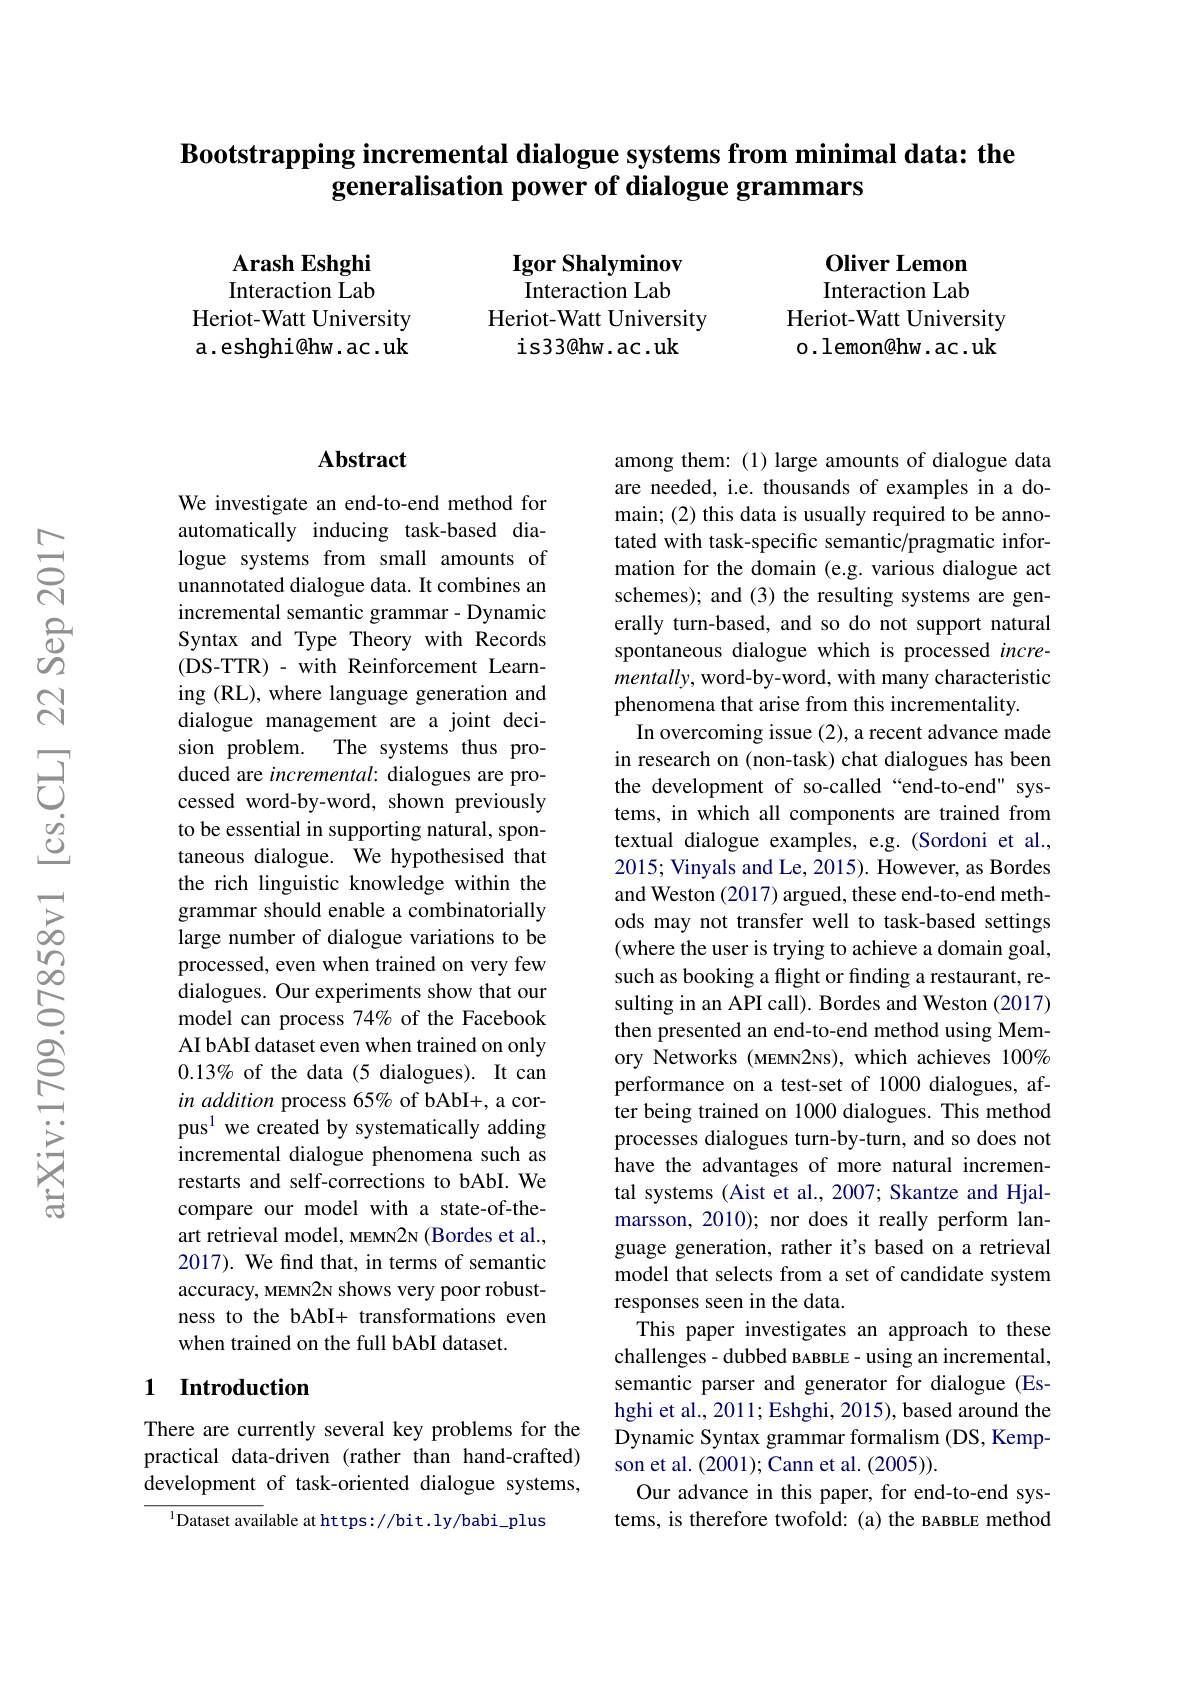
## Bootstrapping incremental dialogue systems from minimal data: the generalisation power of dialogue grammars

Arash Eshghi Interaction Lab
Heriot-Watt University a.eshghi@hw.ac.uk

$\textbf{Igor Shalyminov}$ Interaction Lab
Heriot-Watt University
is33@ hw. ac. uk

Oliver Lemon Interaction Lab
Heriot-Watt University o.lemon@hw.ac.uk

## Abstract

We investigate an end-to-end method for automatically inducing task-based dialogue systems from small amounts of unannotated dialogue data. It combines an incremental semantic grammar- Dynamic Syntax and Type Theory with Records (DS-TTR) - with Reinforcement Learning (RL), where language generation and dialogue management are a joint decision problem. The systems thus produced are incremental: dialogues are processed word-by-word, shown previously to be essential in supporting natural, spontaneous dialogue. We hypothesised that the rich linguistic knowledge within the grammar should enable a combinatorially large number of dialogue variations to be processed, even when trained on very few dialogues. Our experiments show that our model can process 74% of the Facebook AI bAbI dataset even when trained on only $0.13\%$ of the data (5 dialogues). It can in addition process 65% of bAbI+, a corpus$^{1}$ we created by systematically adding incremental dialogue phenomena such as restarts and self-corrections to bAbI. We compare our model with a state-of-theart retrieval model, MEMN2N (Bordes et al., 2017). We find that, in terms of semantic accuracy, MEMN2N shows very poor robustness to the bAbI+ transformations even when trained on the full bAbI dataset.

## 1 Introduction

There are currently several key problems for the practical data-driven (rather than hand-crafted) development of task-oriented dialogue systems,
$^{1}$Dataset available at https://bit.ly/babi\_plus

among them: (1) large amounts of dialogue data are needed, i.e. thousands of examples in a domain; (2) this data is usually required to be annotated with task-specific semantic/pragmatic information for the domain (e.g. various dialogue act schemes); and (3) the resulting systems are generally turn-based, and so do not support natural spontaneous dialogue which is processed incre- $mentally$, word-by-word, with many characteristic phenomena that arise from this incrementality
In overcoming issue (2), a recent advance made in research on (non-task) chat dialogues has been the development of so-called“end-to-end" systems, in which all components are trained from textual dialogue examples, e.g.(Sordoni et al., 2015; Vinyals and Le, 2015). However, as Bordes and Weston (2017) argued, these end-to-end methods may not transfer well to task-based settings (where the user is trying to achieve a domain goal, such as booking a flight or finding a restaurant, resulting in an API call). Bordes and Weston (2017) then presented an end-to-end method using Memory Networks (MEMN2NS), which achieves 100% performance on a test-set of 1000 dialogues, after being trained on 1000 dialogues. This method processes dialogues turn-by-turn, and so does not have the advantages of more natural incremental systems (Aist et al., 2007; Skantze and Hjalmarsson, 2010); nor does it really perform language generation, rather it's based on a retrieval model that selects from a set of candidate system responses seen in the data.
This paper investigates an approach to these challenges - dubbed BABBLE - using an incremental, semantic parser and generator for dialogue (Eshghi et al., 2011; Eshghi, 2015), based around the Dynamic Syntax grammar formalism (DS, Kempson et al. (2001); Cann et al. (2005)).
Our advance in this paper, for end-to-end systems, is therefore twofold: (a) the ваввLE method